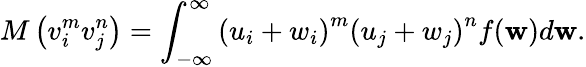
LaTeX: M\left(v_{i}^{m}v_{j}^{n}\right)=\int_{-\infty}^{\infty}\left(u_{i}+w_{i}\right)^{m}\left(u_{j}+w_{j}\right)^{n}f(\mathbf{w})d\mathbf{w}.